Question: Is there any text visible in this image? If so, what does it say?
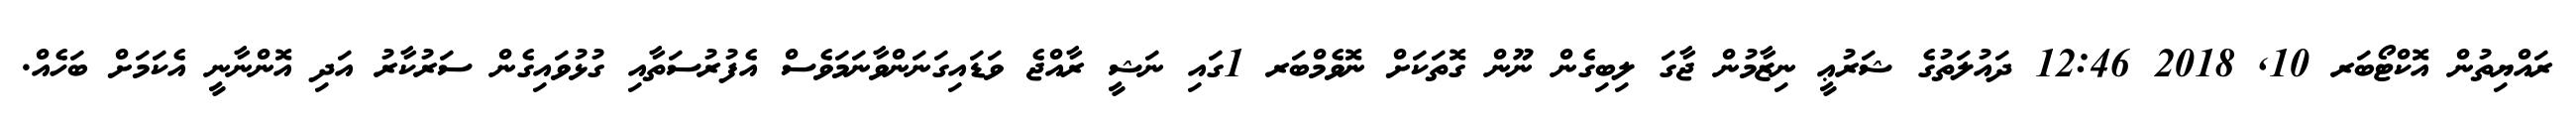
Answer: ރައްޔިތުން އޮކްޓޯބަރ 10, 2018 12:46 ދައުލަތުގެ ޝަރުޢީ ނިޒާމުން ޖާގަ ލިބިގެން ނޫން ގޮތަކަށް ނޮވެމްބަރ 1ގައި ނަޝީ ރާއްޖެ ވަޑައިގަނަންވާނަމަވެސް އެފުރުސަތާއި ގުޅުވައިގެން ސަރުކާރު އަދި އޮންނާނީ އެކަމަށް ބަހެއް.